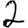
Digit: 2